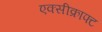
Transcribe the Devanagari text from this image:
एक्सीक्राफ्ट